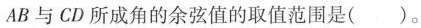
AB与CD所成角的余弦值的取值范围是( )。